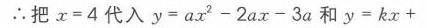
\(\therefore\)把\(x = 4\)代入\(y = ax^{2}-2ax - 3a\)和\(y = kx+\)